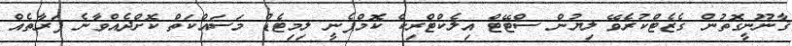
ޤާނޫނީގޮތުން ގެޒެޓްކުރެވޭ ލިޔުން ސްޓޭޓް އިލެކްޓްރިކް ކޮމްޕެނީ ލިމިޓެޑް މަސައްކަތް ކޮށްދެއްވާނެ ފަރާތެއް